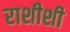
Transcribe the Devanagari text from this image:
राशीशी